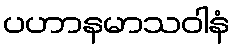
ပဟာနမာသဝါနံ